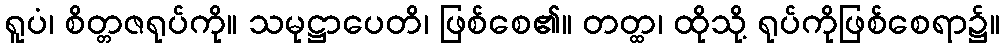
ရူပံ၊ စိတ္တဇရုပ်ကို။ သမုဋ္ဌာပေတိ၊ ဖြစ်စေ၏။ တတ္ထ၊ ထိုသို့ ရုပ်ကိုဖြစ်စေရာ၌။